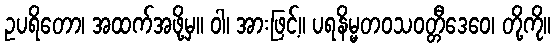
ဥပရိတော၊ အထက်အဖို့မှ။ ဝါ၊ အားဖြင့်။ ပရနိမ္မတဝသဝတ္တီဒေဝေ၊ တို့ကို။